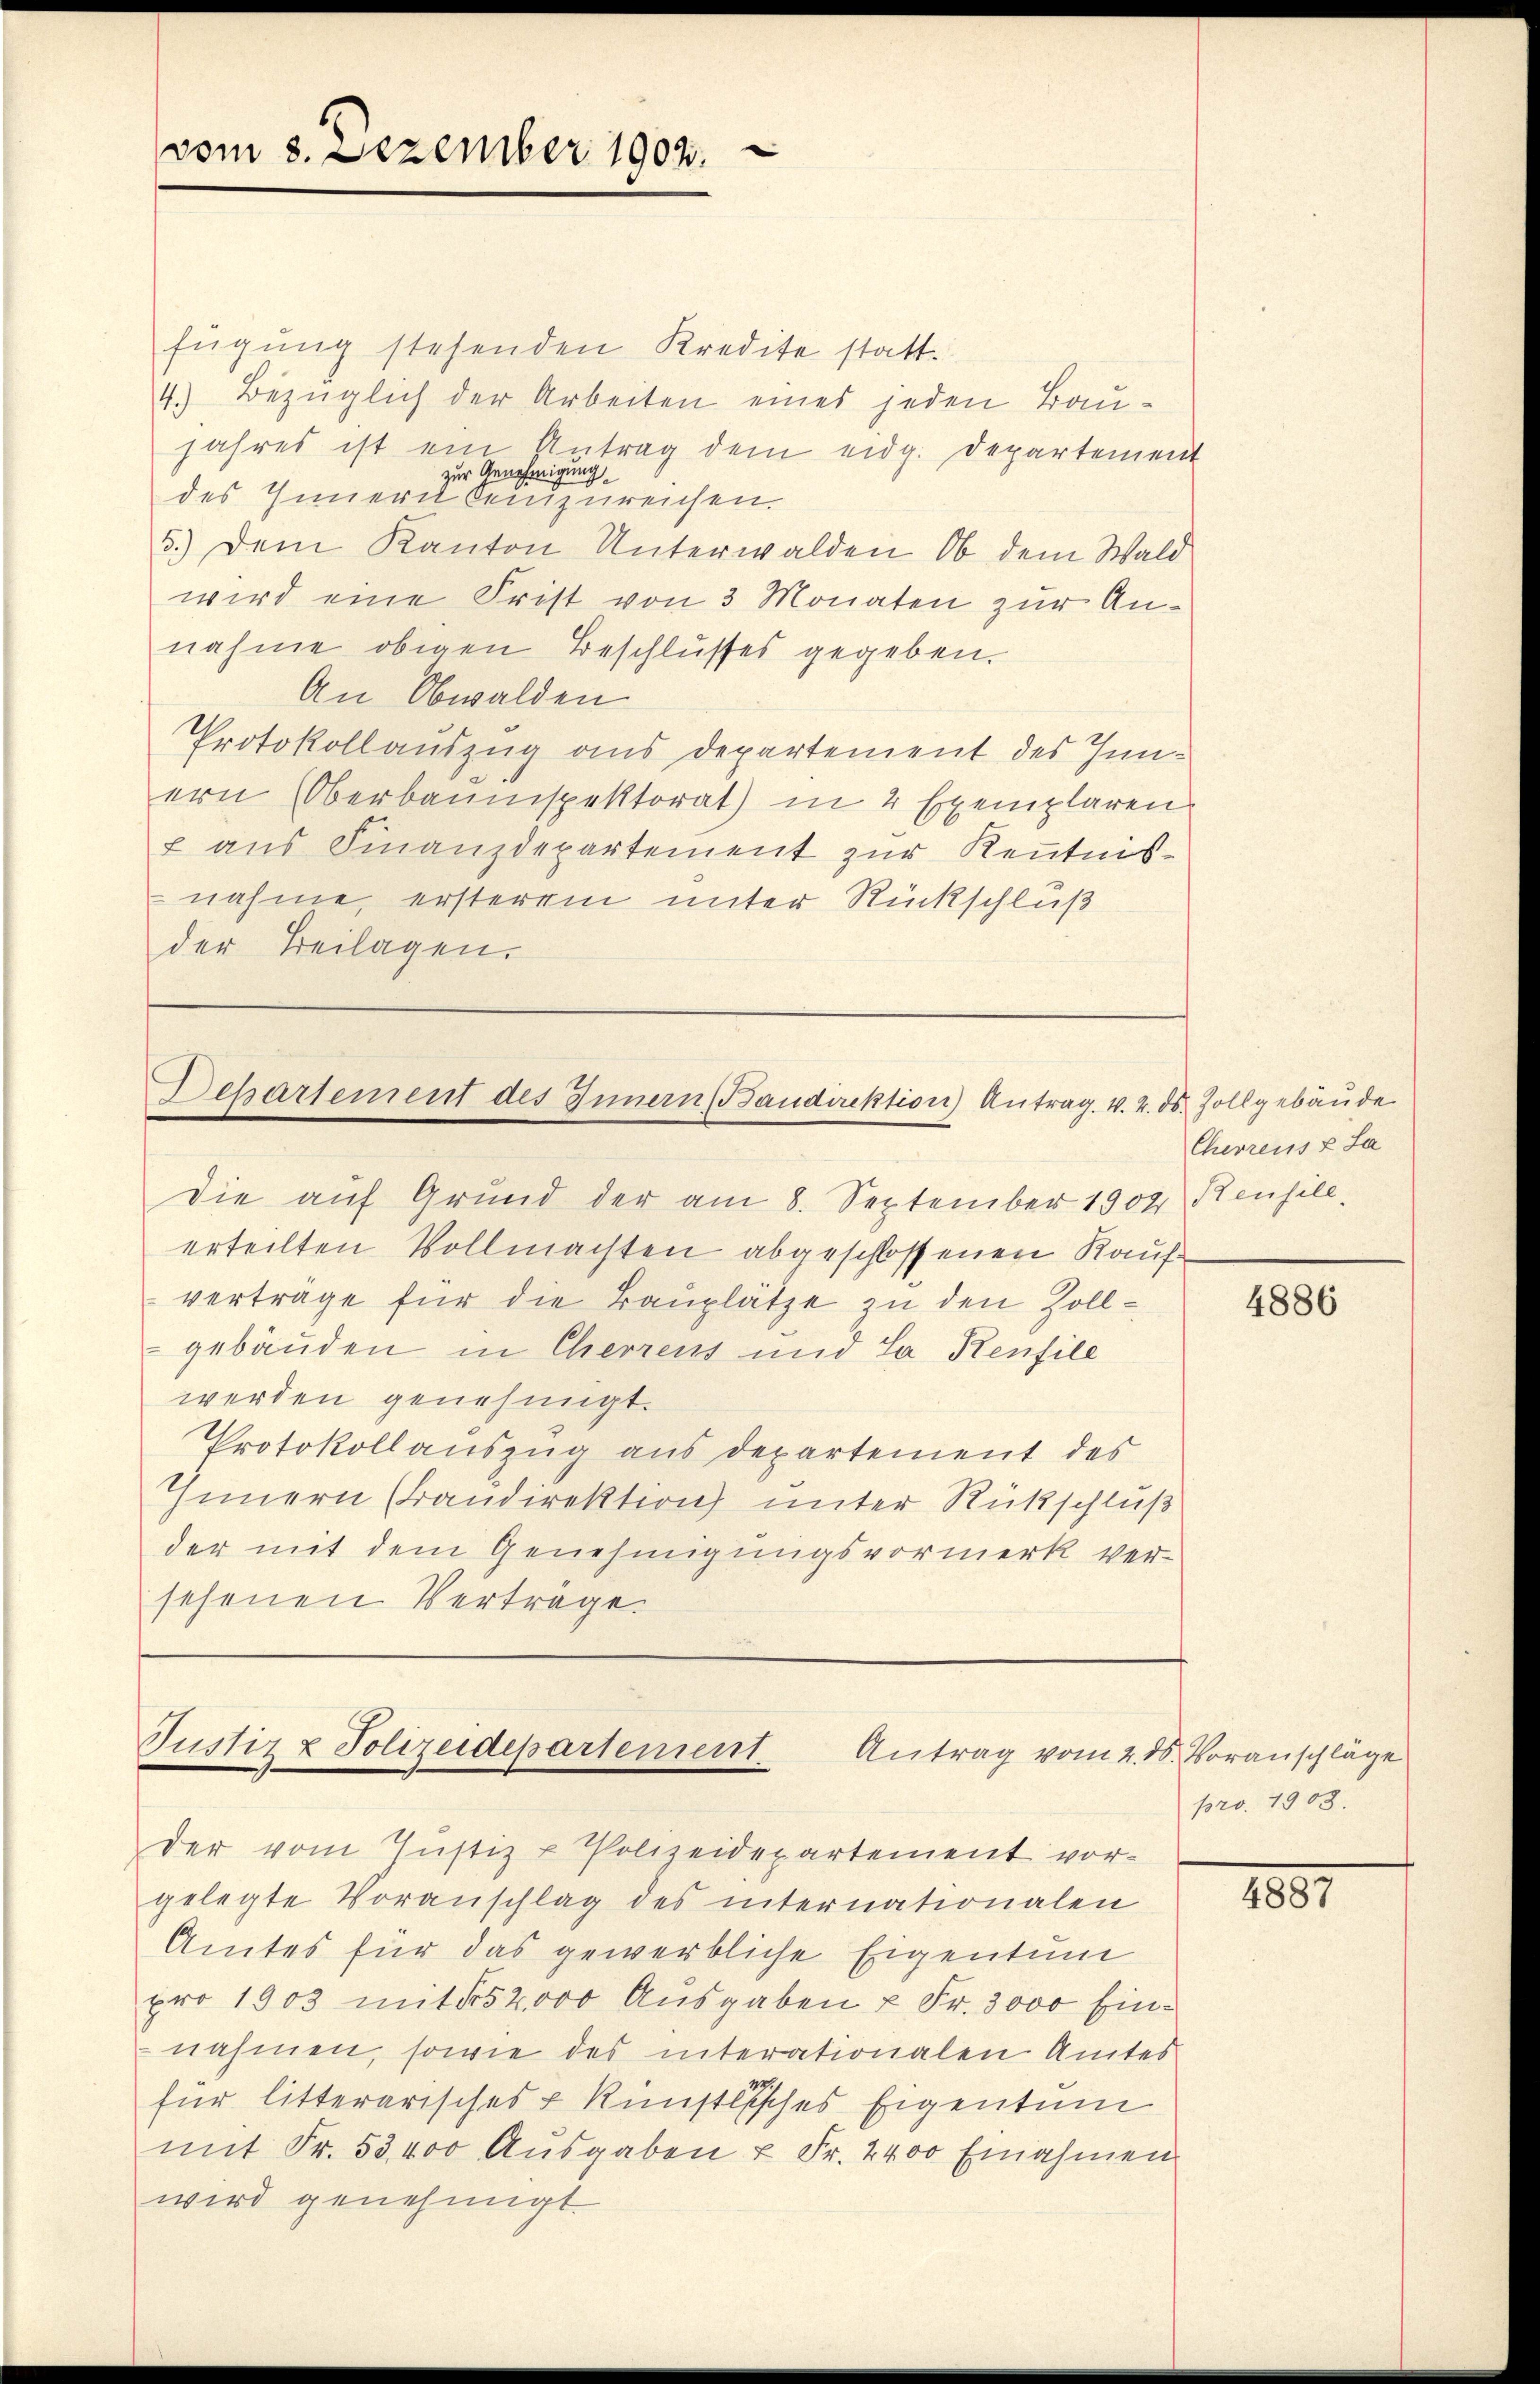
vom 8. Dezember 1902.

fügung stehenden Kredite statt.
4.) Bezüglich der Arbeiten eines jeden Baujahres ist ein Antrag dem eidg. Departement
zur Genehmigung
des Innern beizureichen.
5.) Dem Kanton Unterwalden Ob dem Wald
wird eine Frist von 3 Monaten zur Annahme obigen Beschlusses gegeben.
An Obwalden
Protokollauszug aus departement des Innern (Oberbauinspektorat) in 2 Exemplaren
 aus Finanzdepartement zur Kenntnis-
nahme, ersterem unter Rückschluß
der Beilagen.

ehartement des Innern Baudirektion) Antrag. v. 2. ds. Zollgebäude

die auf Grund der am 8. September 1904 Keusile,
erteilten Vollmachten abgeschlossenen Kaufverträge für die Bauplätze zu den Zollgebäuden in Cherrens und La Kenfile
werden genehmigt.
Protokollauszug aus departement des
Innern (Brandirektion unter Rückschluß
der mit dem Genehmigungsvormerk ver-
sehenen Verträge

der vom Justiz & Polizeidepartement vor-
gelegte Voranschlag des internationalen
Amtes für das gewerbliche Eigentum
pro 1903 mit 152,000 Ausgaben u Fr. 3000 Einnahmen, sowie des interationalen Amtes
für litterarisches u künstlisches Eigentum
mit Fr. 53400 Aŭsgaben u Fr. 2400 Einnahmen
wird genehmigt.

Justiz & Polizeidepartement. Antrag vom 2. ds. Voranschläge

Cherrens & La

4886

pro. 1908.

1851